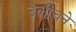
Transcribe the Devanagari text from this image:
उलीचने